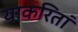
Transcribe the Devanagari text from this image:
याकरितां